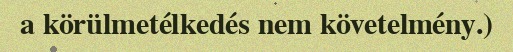
a körülmetélkedés nem követelmény.)